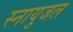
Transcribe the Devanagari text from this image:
स्नायुजल